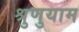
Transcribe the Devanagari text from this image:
श्रुणुयाम